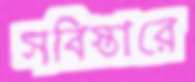
সবিস্তারে